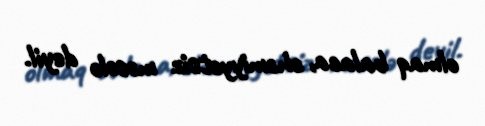
olmaq balaca, əhəmiyyətsiz məsələ deyil.